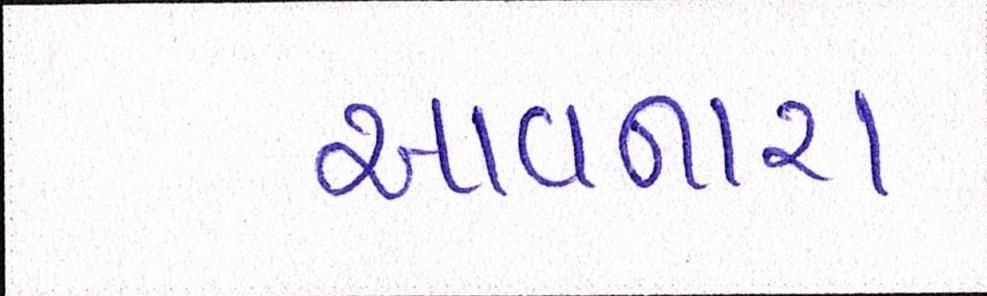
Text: આવનારા